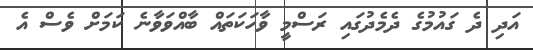
އަދި ދެ ގައުމުގެ ދެމެދުގައި ރަސްމީ ވާހަކަތައް ބާއްވަވާނެ ކަމަށް ވެސް އެ